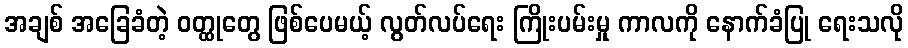
အချစ် အခြေခံတဲ့ ဝတ္ထုတွေ ဖြစ်ပေမယ့် လွတ်လပ်ရေး ကြိုးပမ်းမှု ကာလကို နောက်ခံပြု ရေးသလို